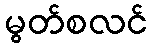
မွတ်စလင်